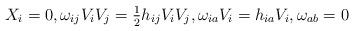
LaTeX: \begin{align*}X_i= 0, \omega_{ij}V_i V_j = \tfrac{1}{2} h_{ij}V_i V_j, \omega_{ia}V_i = h_{ia}V_i, \omega_{ab} = 0\end{align*}